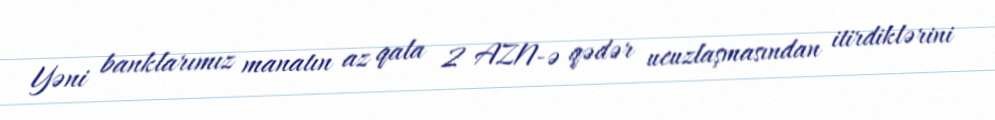
Yəni banklarımız manatın az qala 2 AZN-ə qədər ucuzlaşmasından itirdiklərini